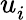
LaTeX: u_{i}^{\phantom{}}